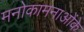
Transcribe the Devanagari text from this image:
मनोकामनाओंके